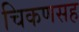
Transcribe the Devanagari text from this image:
चिकणसह